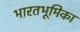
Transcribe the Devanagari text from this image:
भारतभूमिका